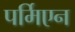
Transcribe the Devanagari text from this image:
पर्मिएन